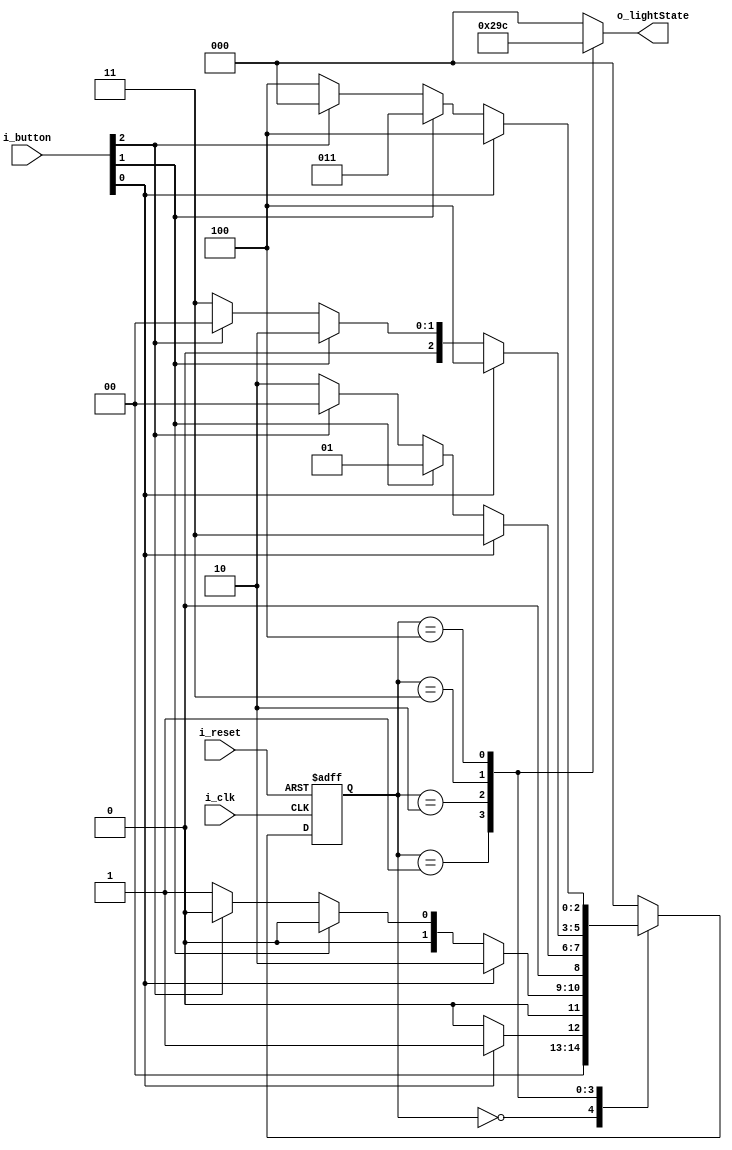
module FSM_LightStand(
    input i_clk, i_reset,
    input [2:0] i_button,
    output [2:0] o_lightState
    );

    parameter TRUE = 1'b1, FALSE = 1'b0;
    parameter LIGHT0 = 3'b000, LIGHT1 = 3'b001, LIGHT2 = 3'b010, LIGHT3 = 3'b011, LIGHT4 = 3'b100;
    reg [2:0] r_lightState = LIGHT0, nextState, curState;
    assign o_lightState = r_lightState;

    always @(posedge i_clk or posedge i_reset) begin
        if(i_reset) begin
            curState <= LIGHT0;
        end
        else curState <= nextState;
    end


    always @(curState or i_button or i_clk) begin
        case (curState)
            LIGHT0:
            if(i_button[0] == TRUE) begin
                nextState <= LIGHT1;
            end
            else if(i_button[1] == TRUE) begin
                nextState <= LIGHT0;
            end
            else nextState <= LIGHT0;

            LIGHT1:
            if(i_button[0] == TRUE) begin
                nextState <= LIGHT2;
            end
            else if(i_button[1] == TRUE) begin
                nextState <= LIGHT0;
            end
            else if(i_button[2] == TRUE) begin
                nextState <= LIGHT0;
            end
            else nextState <= LIGHT1;

            LIGHT2:
            if(i_button[0] == TRUE) begin
                nextState <= LIGHT3;
            end
            else if(i_button[1] == TRUE) begin
                nextState <= LIGHT1;
            end
            else if(i_button[2] == TRUE) begin
                nextState <= LIGHT0;
            end
            else nextState <= LIGHT2;

            LIGHT3:
            if(i_button[0] == TRUE) begin
                nextState <= LIGHT4;
            end
            else if(i_button[1] == TRUE) begin
                nextState <= LIGHT2;
            end
            else if(i_button[2] == TRUE) begin
                nextState <= LIGHT0;
            end
            else nextState <= LIGHT3;

            LIGHT4:
            if(i_button[0] == TRUE) begin
                nextState <= LIGHT4;
            end
            else if(i_button[1] == TRUE) begin
                nextState <= LIGHT3;
            end
            else if(i_button[2] == TRUE) begin
                nextState <= LIGHT0;
            end
            else nextState <= LIGHT4;

            default : nextState <= LIGHT0;
        endcase
    end

    always @(curState) begin
        case (curState)
            LIGHT0 : r_lightState <= 3'b000; 
            LIGHT1 : r_lightState <= 3'b001;
            LIGHT2 : r_lightState <= 3'b010;
            LIGHT3 : r_lightState <= 3'b011;
            LIGHT4 : r_lightState <= 3'b100;
            default: r_lightState <= 3'b000;
        endcase
    end
endmodule